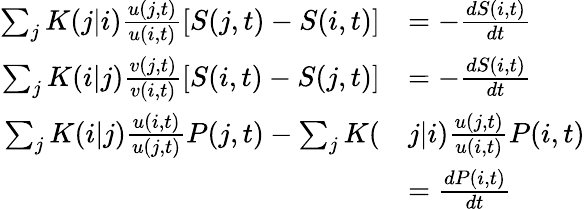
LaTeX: \begin{array}{rl}{\sum_{j}K(j|i)\frac{u(j,t)}{u(i,t)}[S(j,t)-S(i,t)]}&{=-\frac{dS(i,t)}{dt}}\\ {\sum_{j}K(i|j)\frac{v(j,t)}{v(i,t)}[S(i,t)-S(j,t)]}&{=-\frac{dS(i,t)}{dt}}\\ {\sum_{j}K(i|j)\frac{u(i,t)}{u(j,t)}P(j,t)-\sum_{j}K(}&{j|i)\frac{u(j,t)}{u(i,t)}P(i,t)}\\ &{=\frac{dP(i,t)}{dt}}\end{array}